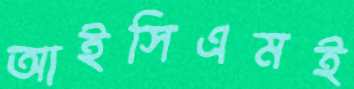
আইসিএমই